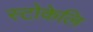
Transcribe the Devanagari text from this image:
स्टोकेलि